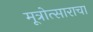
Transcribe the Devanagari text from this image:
मूत्रोत्साराचा